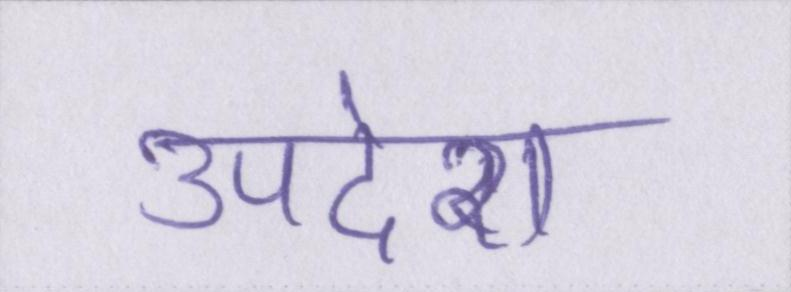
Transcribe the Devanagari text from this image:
उपदेश